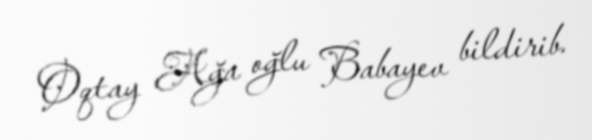
Oqtay Ağa oğlu Babayev bildirib.